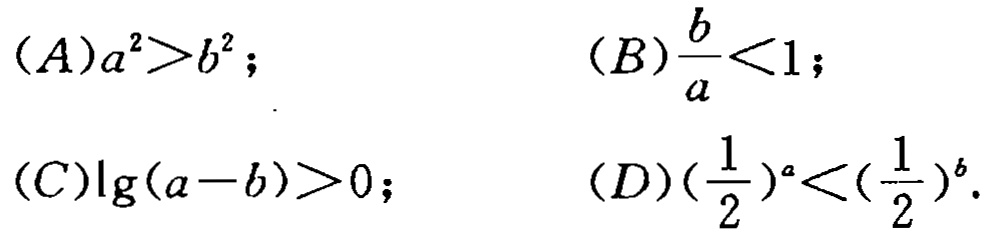
\((A)a^{2}>b^{2};\)
\((B)\frac{b}{a}<1;\)
\((C)\lg(a - b)>0;\)
\((D)(\frac{1}{2})^{a}<(\frac{1}{2})^{b}.\)